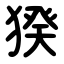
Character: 猤